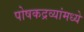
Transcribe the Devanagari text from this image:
पोषकद्रव्यांमध्ये